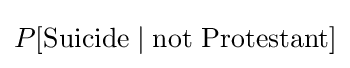
P[{\text{Suicide}}\mid {\text{not Protestant}}]